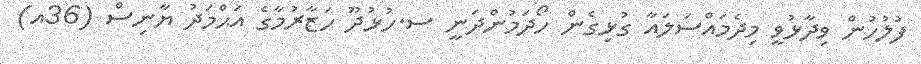
ފުލުހުން ވިދާޅުވީ މިދެމައްސަލައާ ގުޅިގެން ހޯދަމުންދަނީ ސ.ހުޅުުދޫ ހަޒާރުމާގެ އަޙްމަދު ޔާނިސް (36އ)